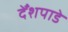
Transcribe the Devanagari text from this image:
देँशपाडे